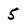
Character: 5